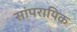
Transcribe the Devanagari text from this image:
सांपरायिक